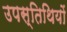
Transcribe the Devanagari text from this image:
उपस्तिथियों